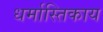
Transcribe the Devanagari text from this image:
धर्मास्तिकाय